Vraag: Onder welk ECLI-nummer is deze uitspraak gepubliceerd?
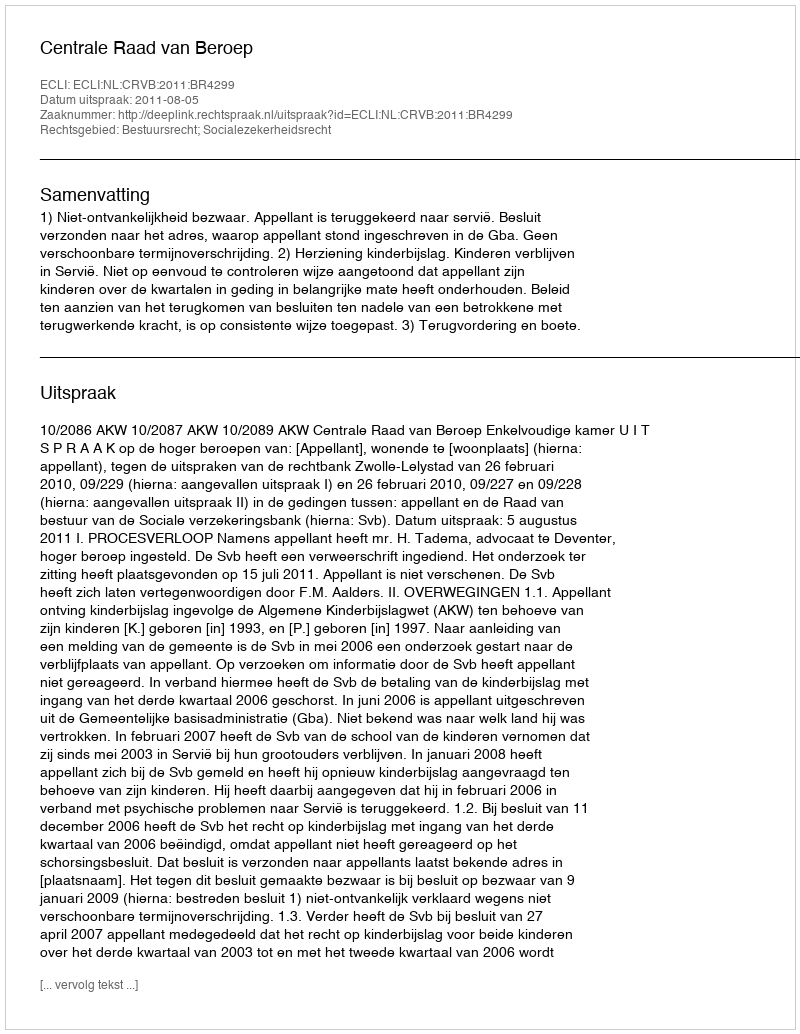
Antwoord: ECLI:NL:CRVB:2011:BR4299